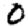
Digit: 0